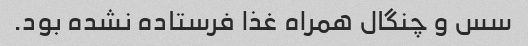
سس و چنگال همراه غذا فرستاده نشده بود.